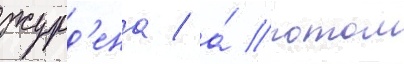
журд'ена / а́ потом